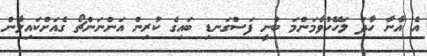
އެ އާނާ ހާދަ ލަހޭހުވާމަންމަ ބުނީ ފަސްގަނޑި ބައިގެ ކުރިން އަންނަންޗޯ ގެއަށްކައިލާން